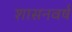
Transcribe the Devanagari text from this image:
शासनवर्ष